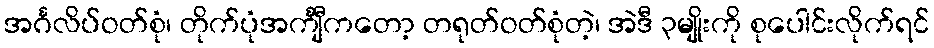
အင်္ဂလိပ်ဝတ်စုံ၊ တိုက်ပုံအင်္ကျီကတော့ တရုတ်ဝတ်စုံတဲ့၊ အဲဒီ ၃မျိုးကို စုပေါင်းလိုက်ရင်